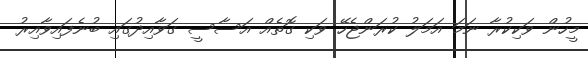
މީހުން ވަކިކުރާ ނަމަ އަމަލު ކުރަންޖެހޭ ވަކި ގޮތެއް އަސާސީ ގަވާއިދުގައި ބުނެފައިވާއިރު